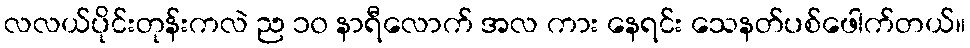
လလယ်ပိုင်းတုန်းကလဲ ည ၁၀ နာရီလောက် အလ ကား နေရင်း သေနတ်ပစ်ဖေါက်တယ်။